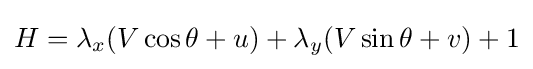
H=\lambda _{x}(V\cos \theta +u)+\lambda _{y}(V\sin \theta +v)+1